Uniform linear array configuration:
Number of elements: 32
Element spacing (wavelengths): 0.5
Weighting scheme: exponential
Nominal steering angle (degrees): -45
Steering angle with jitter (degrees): -46.605
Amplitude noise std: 0.05
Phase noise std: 0.05

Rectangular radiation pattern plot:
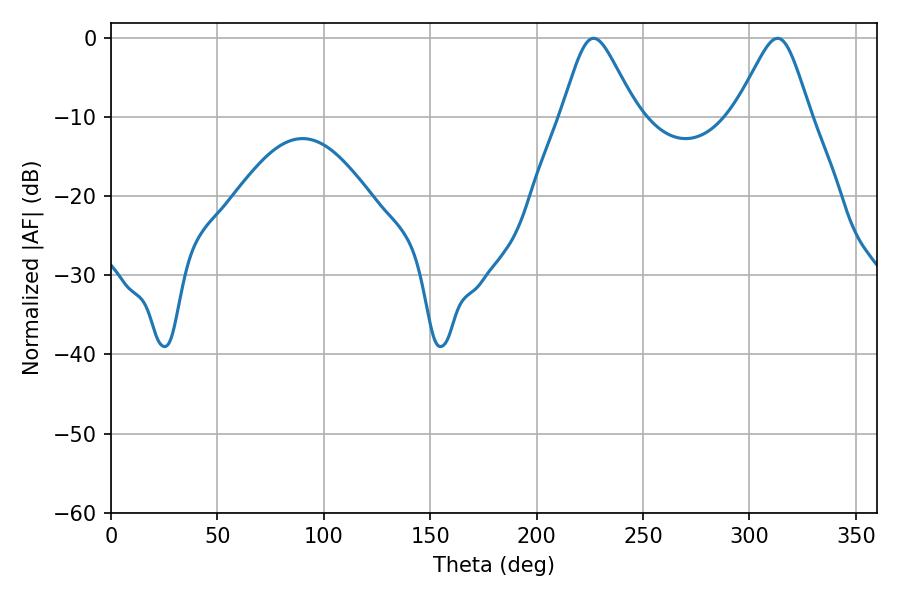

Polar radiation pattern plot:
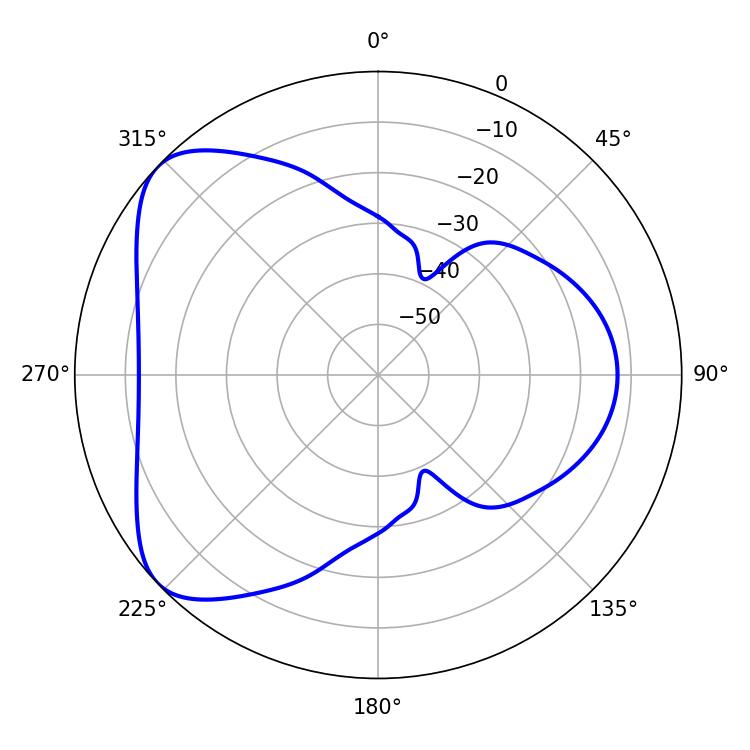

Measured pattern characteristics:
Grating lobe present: FALSE
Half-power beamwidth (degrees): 17.1
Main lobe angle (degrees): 226.8